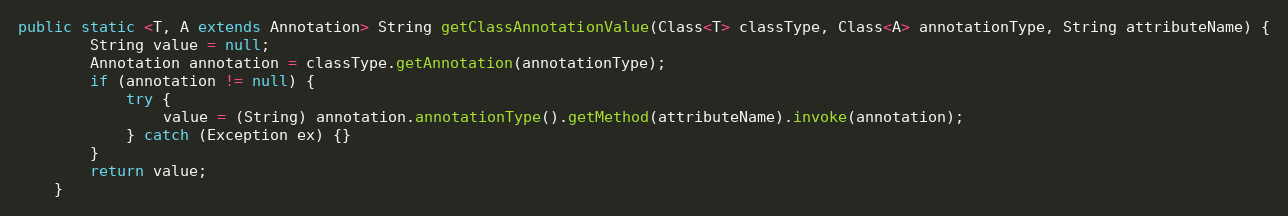
Language: Java
public static <T, A extends Annotation> String getClassAnnotationValue(Class<T> classType, Class<A> annotationType, String attributeName) {
		String value = null;
		Annotation annotation = classType.getAnnotation(annotationType);
		if (annotation != null) {
			try {
				value = (String) annotation.annotationType().getMethod(attributeName).invoke(annotation);
			} catch (Exception ex) {}
		}
		return value;
	}